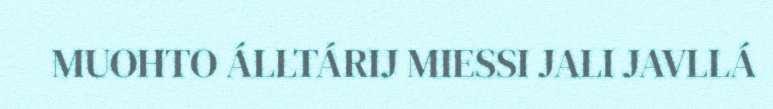
MUOHTO ÁLLTÁRIJ MIESSI JALI JAVLLÁ